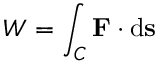
W = \int _ { C } \mathbf { F } \cdot \mathrm { d } \mathbf { s }